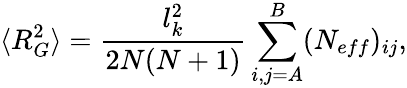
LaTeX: \langle R_{G}^{2}\rangle=\frac{l_{k}^{2}}{2N(N+1)}\sum_{i,j=A}^{B}(N_{eff})_{ij},